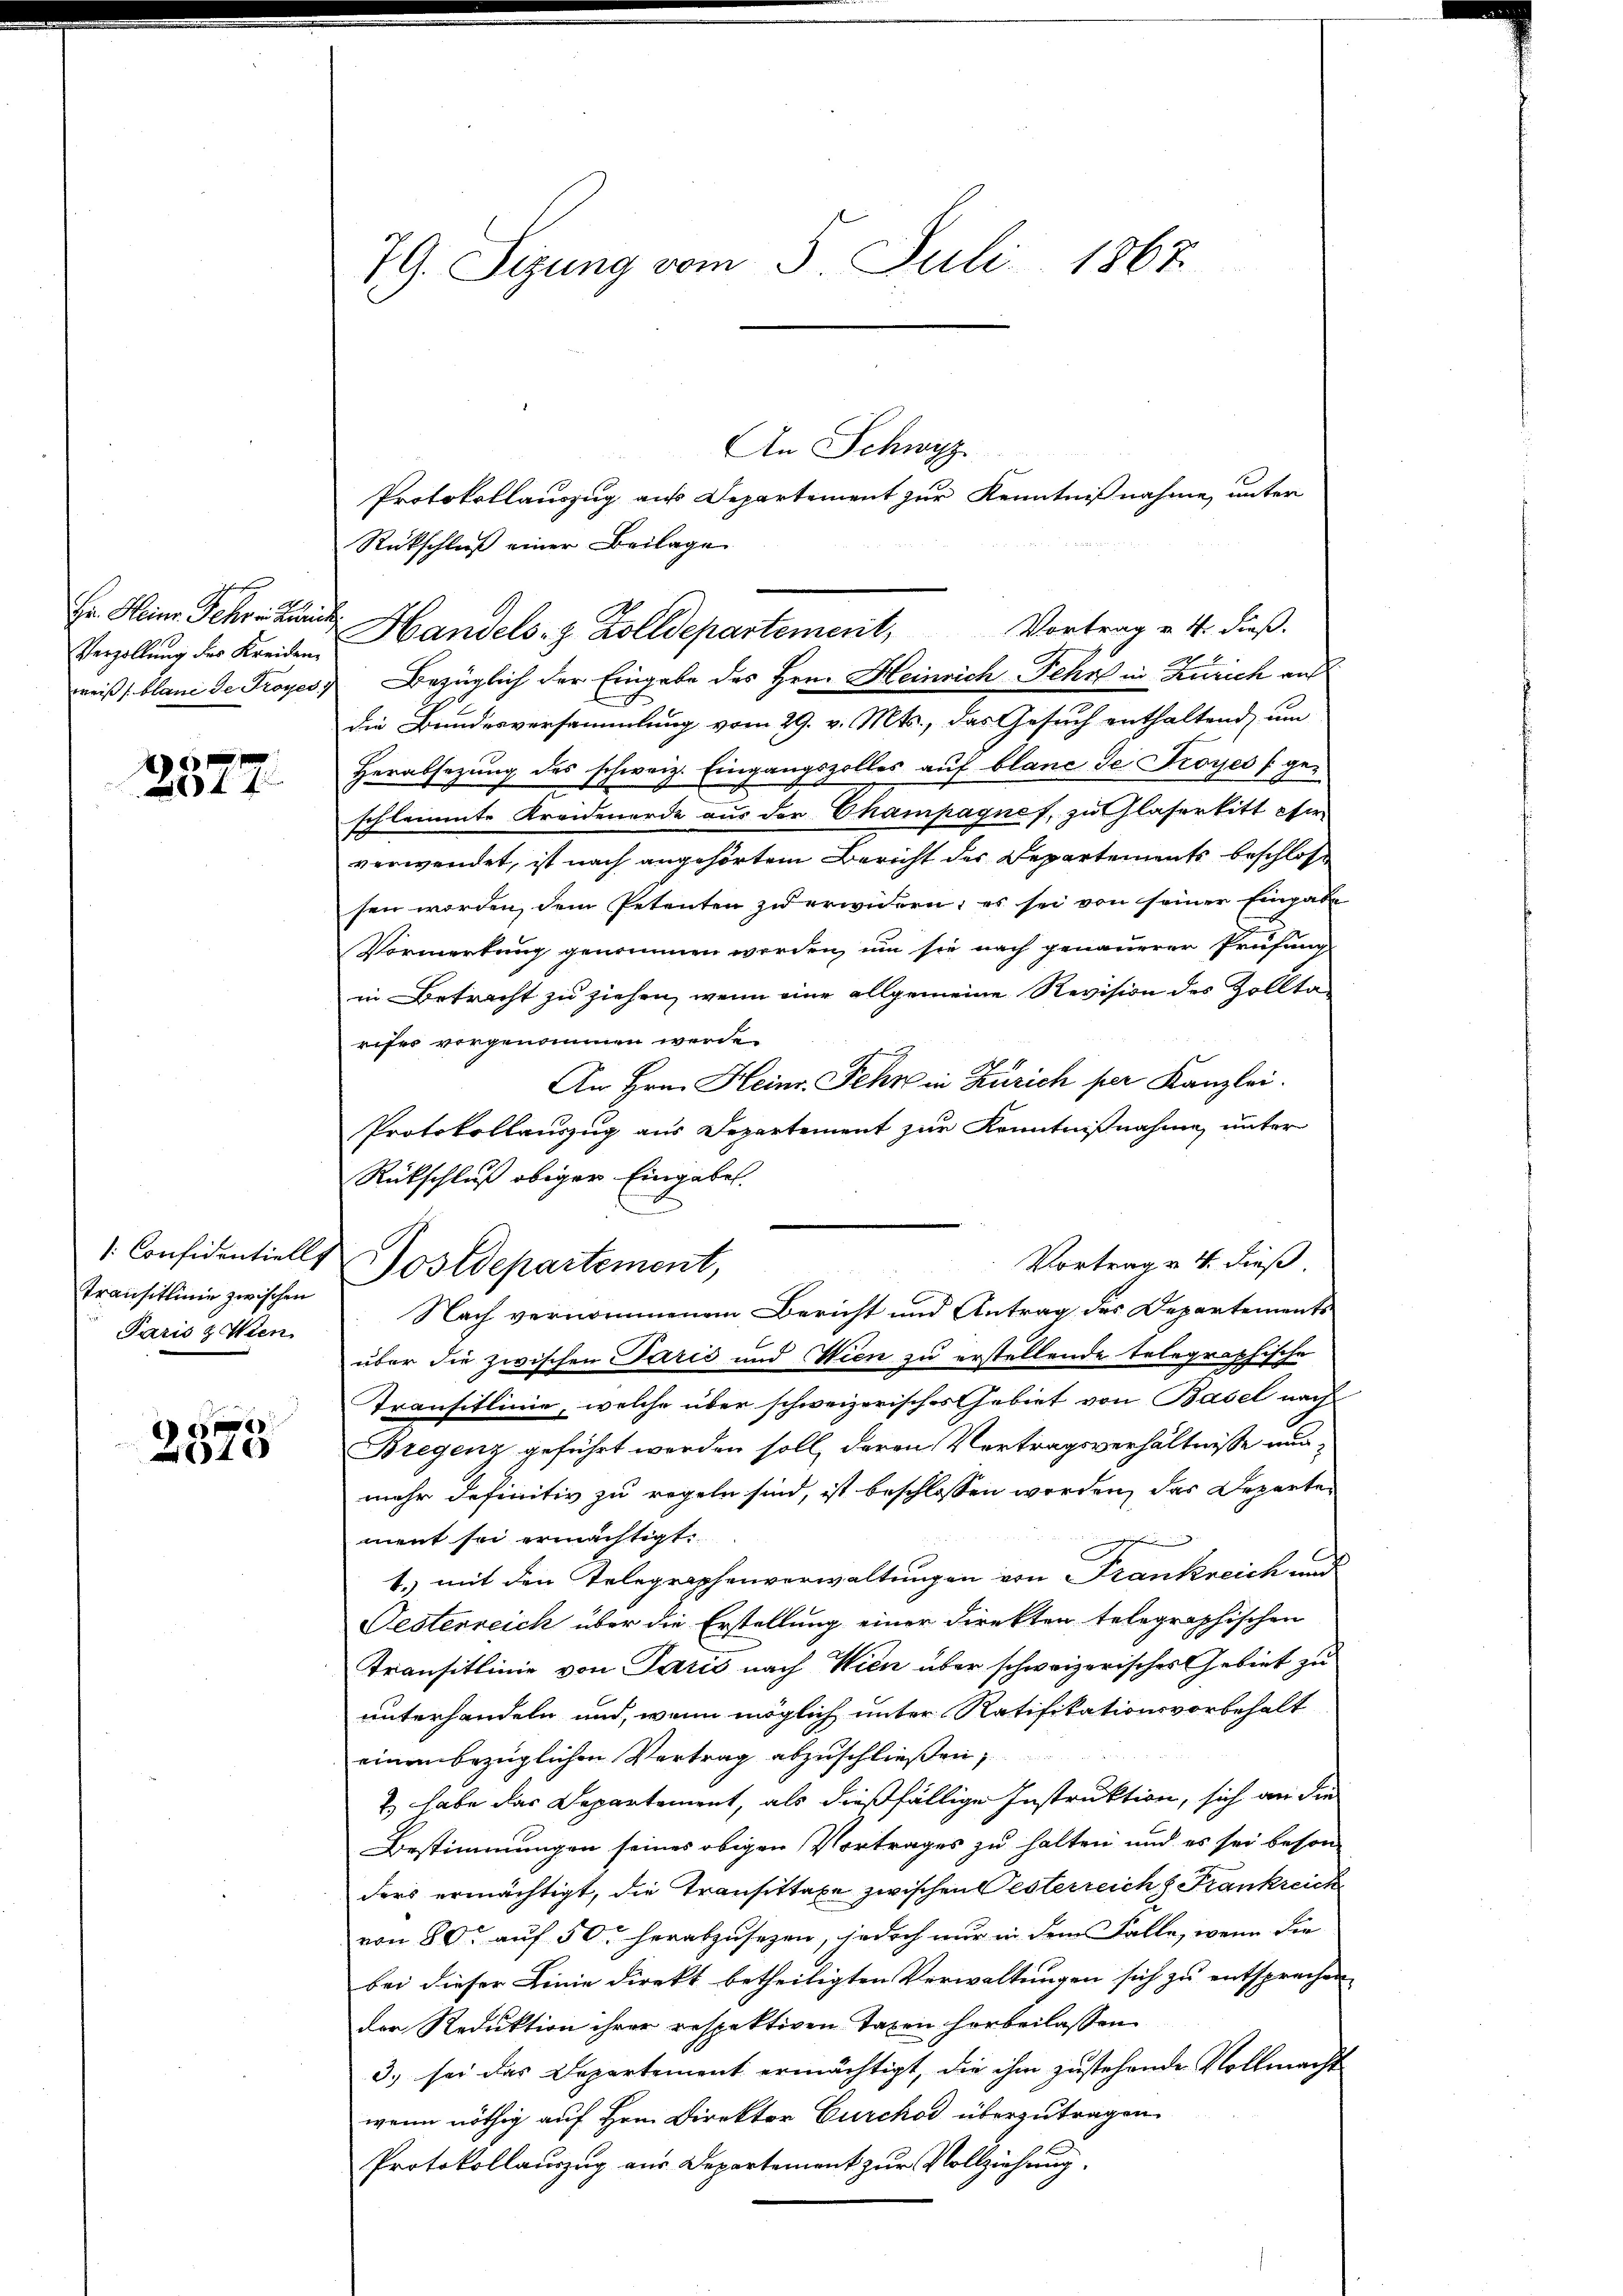
f 0 x
f 7

e
4x

Verzollung des Kreiden,

transitlinie zwischen
Paris & Wien

An Schwyz

Protokollauszug aus Departement zur Kenntnißnahme unter
Rückschluß einer Beilage
Hr. Heine Schon an Handels. z. Zolldepartement,
Vortrag v. 4. dieß.
weiß blanc de Troyes Bezüglich der Eingabe des Hrn. Heinrich Fehr in Zürich auf
die Bundesversammlung vom 29. v. Mts., das Gesuch enthaltend, um
Herabsezung des schweiz. Eingangszolles auf blanc de Troyes (geschlemmte Kreidenerde aus der Champagnes, zu laserbitt eher
verwendet, ist nach angehörtem Bericht der Departements beschlos
sen worden, dem Petenten zu erwidern; es sei von seiner Eingabe
Vormerkung genommen werden, um sie nach genauerer Prüfung
in Betracht zu ziehen, wenn eine allgemeine Revision des Zolltarifer vorgenommen werde.
An Hrn. Heinr. Fehr in Zürich per Kanzlei.
Protokollauszug aus Departement zur Kenntnißnahme unter
Rückschluß obiger Eingaben.
Vortrag v. 4. dieß
Nach vernommenem Bericht und Antrag des Departements
über die zwischen Paris und Wien zu erstellende telegraphische
Transitlinie, welche über schweizerisches Gebiet von Basel nach
Bregenz geführt werden soll, deren Vertragsverhältnisse nunmehr definitiv zu regeln sind, ist beschlossen worden, das Departen
ment sei ermächtigt.
infe
1. mit den Telegraphenverwaltungen von Frankreich und
Oesterreich über die Erstellung einer Direkten telegraphischen
Transitlinie von Paris nach Wien über schweizerisches Gebiet zu
unterhandeln und, wenn möglich unter Ratifikationsvorbehalt
einen bezüglichen Vertrag abzuschließen,
& habe das Departement, als dießfällige Instruktion, sich an die
Bestimmungen seines obigen Vortrages zu halten und es sei beson
ders ermächtigt, die Transittaxe zwischen Oesterreichs Frankreich
von 80 auf 50 herabzusezen, jedoch nur in dem Falle, wenn die
bei dieser Linie direkt betheiligten Verwaltungen sich zu entsprechen
der Reduktion ihrer respektiven Taxen herbeilassen
3.) sei das Departement ermächtigt, die ihm zustehende Vollmacht
wenn nöthig auf Hrn. Direktor Curchod überzutragen.
Protokollauszug aus Departement zur Vollziehung

79. Sizung vom 5. Juli 1867

[Considentiell Sostdepartement,